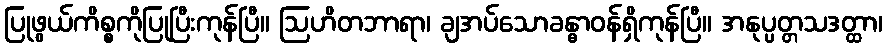
ပြုဖွယ်ကိစ္စကိုပြုပြီးကုန်ပြီ။ ဩဟိတဘာရာ၊ ချအပ်သောခန္ဓာဝန်ရှိကုန်ပြီ။ အနုပ္ပတ္တသဒတ္ထာ၊